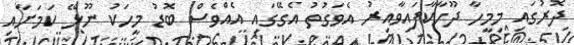
ދޮރުގައި މިމީހާ ދޫހާކާފައިވާއިރު އެވަގުތު އެގޭގައި އެއްވެސް ބޮޑު މީހަކު ނޫޅޭ ކަމަށާއި